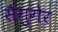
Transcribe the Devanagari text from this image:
सैगुगेर